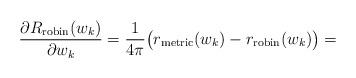
LaTeX: \begin{align*}\frac{\partial R_{\rm robin}(w_k)}{\partial w_k}=\frac{1}{4\pi}\big(r_{\rm metric}(w_k)-r_{\rm robin}(w_k)\big)=\end{align*}